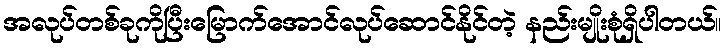
အလုပ်တစ်ခုကိုပြီးမြောက်အောင်လုပ်ဆောင်နိုင်တဲ့ နည်းမျိုးစုံရှိပါတယ်။